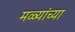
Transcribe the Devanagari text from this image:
मळ्यांच्या